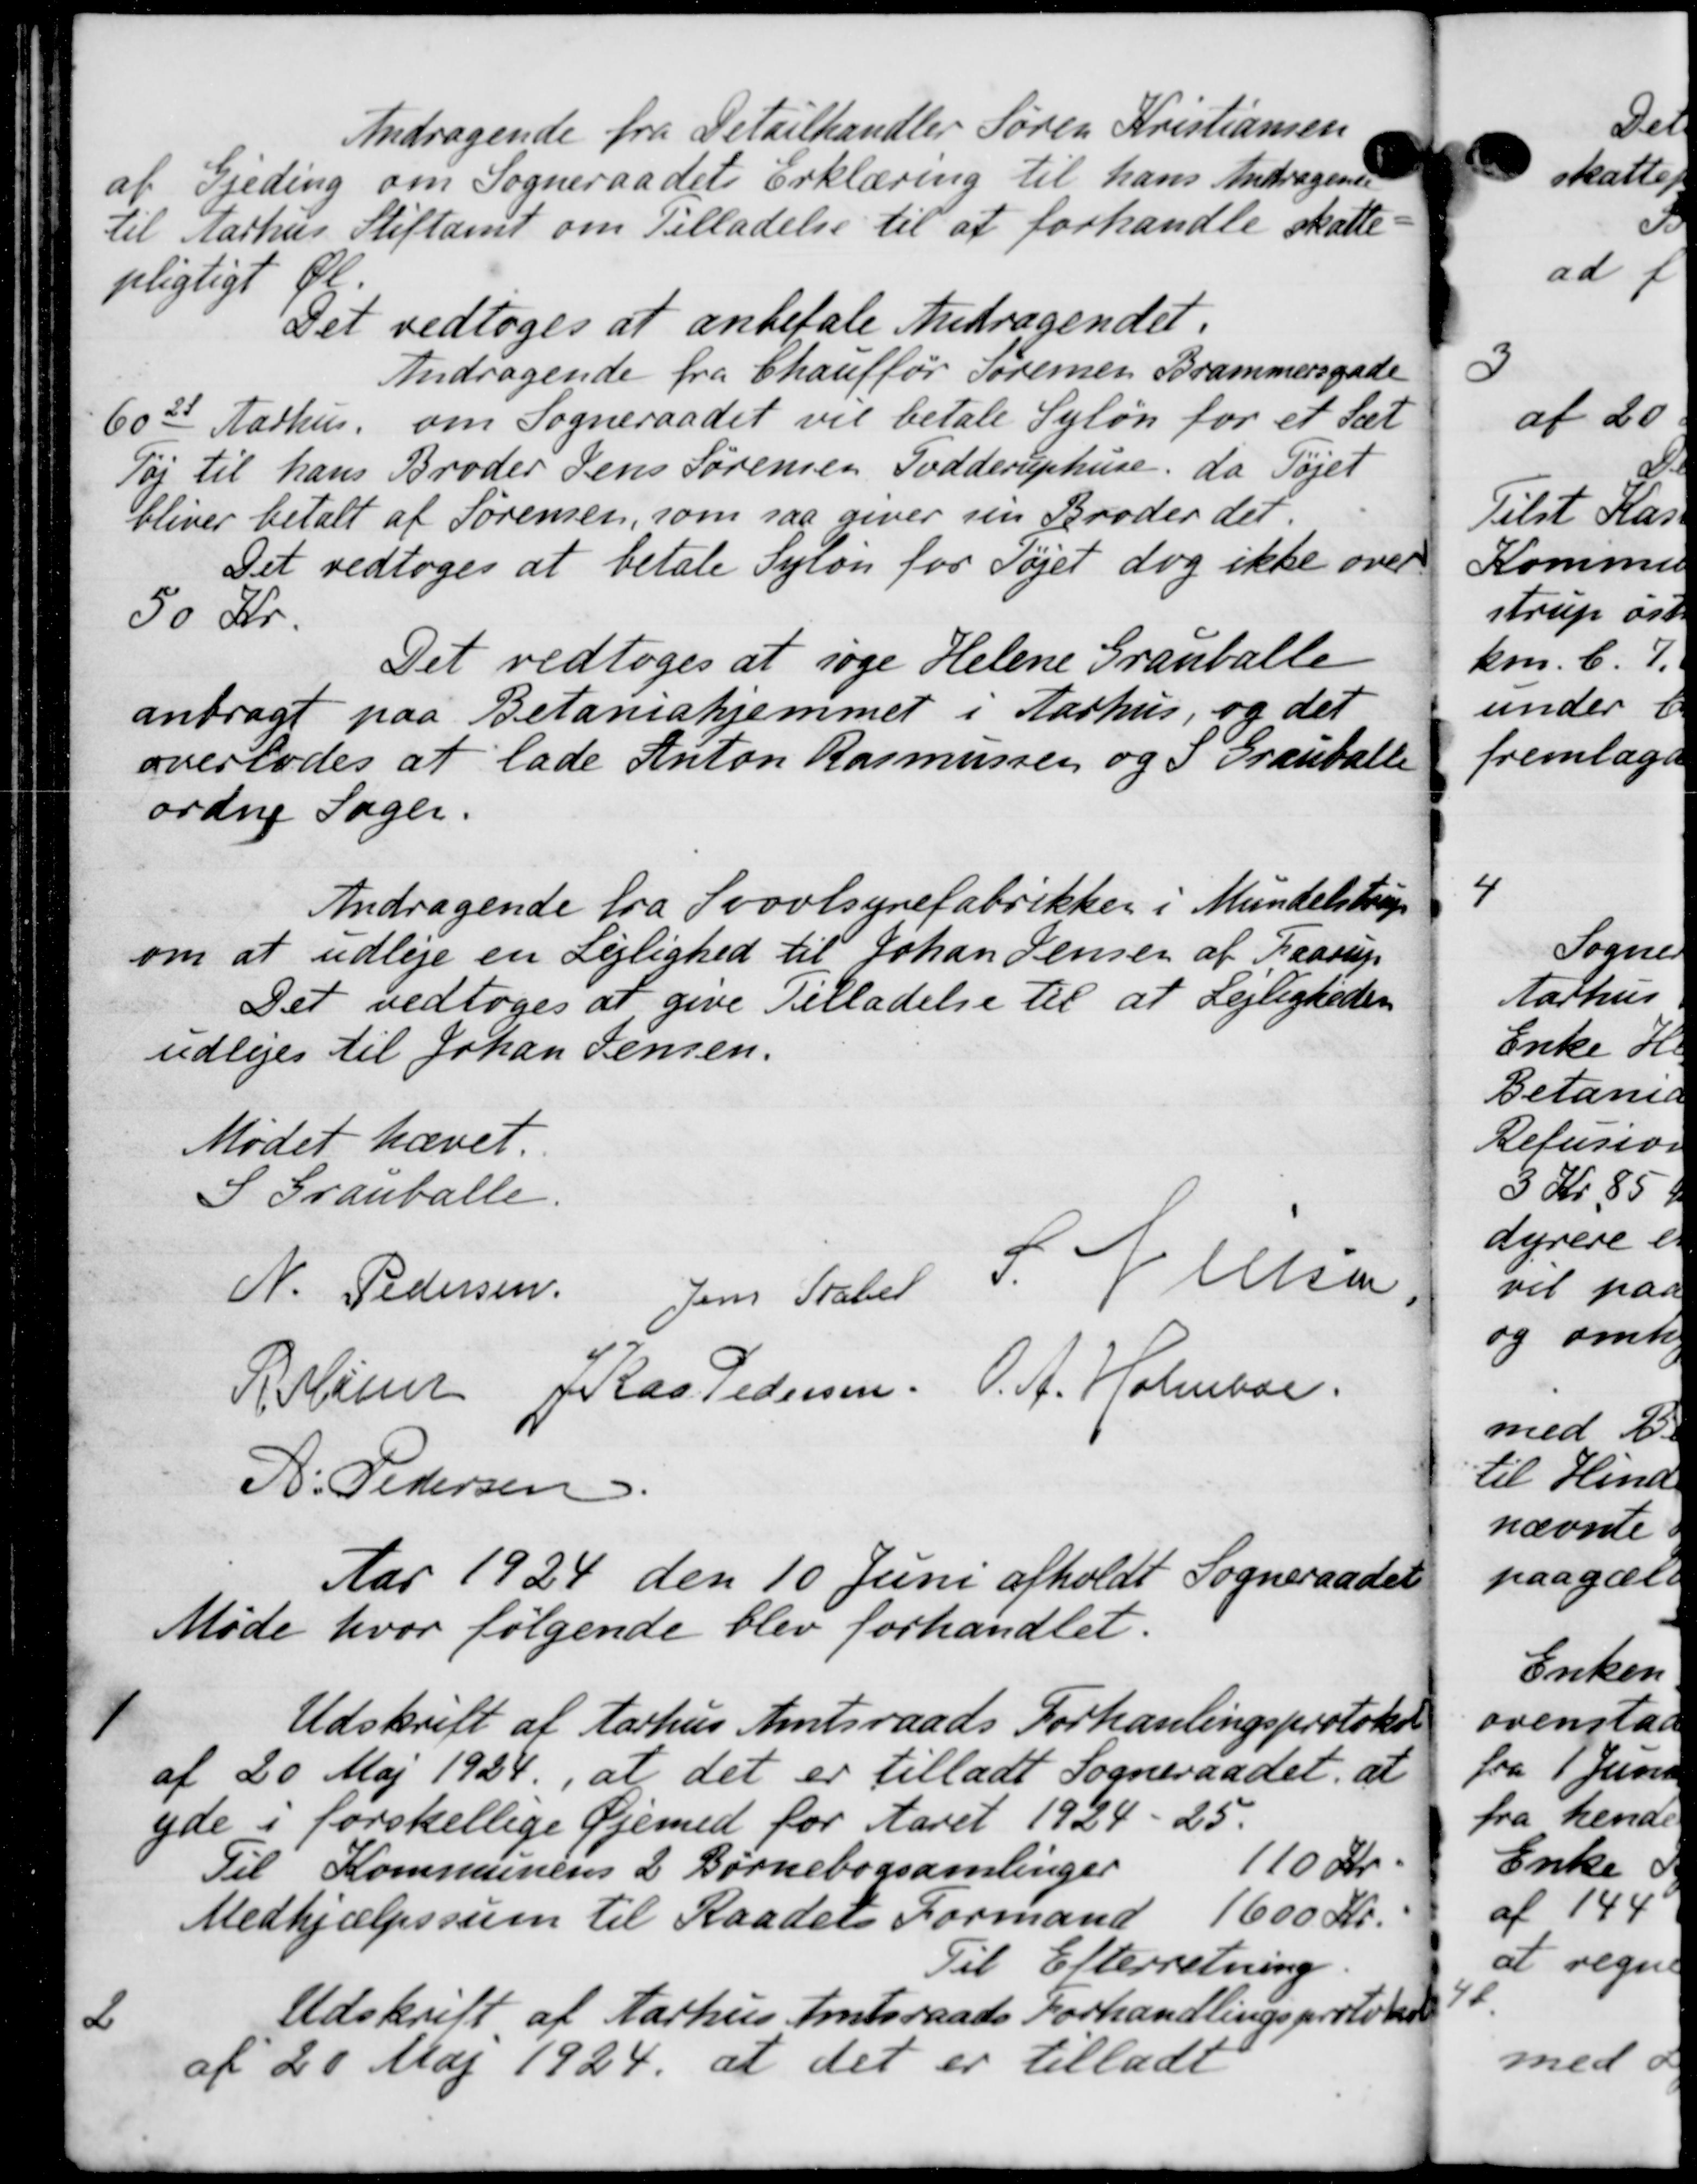
Transskription:
Andragende fra Detailhandler Søren Kristiansen
af Gjeding om Sogneraadets Erklæring til hans Andragende
til Aarhus Stiftamt om Tilladelse til at forhandle skatte
pligtigt Øl.
Det vedtoges at anbefale Andragendet.
Andragende fra Chauffør Sørensen Brammersgade
60de Aarhus, om Sogneraadet vil betale Syløn for et Sæt
Tøj til hans Broder Jens Sørensen Todderuphuse, da Tøjet
bliver betalt af Sørensen, som saa giver sin Broder der.
Det vedtoges at betale Syløn for Tøjet dog ikke over
50 Kr.
Det vedtoges at søge Helene Grauballe
anbragt paa Betanishjemmet i Aarhus, og det
overlodes at lade Anton Rasmussen og 5 Grauballe
ordne Sager.
Andragende fra Svovlsynefabrikker i Mundelstrup
om at udleje en Lejlighed til Johan Jensen af Faarup
Det vedtoges at give Tilladelse til at Lejligheden
udliges til Johan Jensen.
Mødet hævet
S Granballe.
N. Pedersen.
Jens Skaber S. V. Nielsen
R. Murer J Ras Pedersen. O. A. Holmboe
A. Pedersen
Aar 1924 den 10 Juni afholdt Sogneraadet
Møde hvor følgende blev forhandlet.
1
Udskrift af Aarhus Amtsraads Forhanlingsprotokol
af 20 Maj 1924, at det er tilladt Sogneraadet at
yde i forskellige Øjemed for Aaret 1924-25.
Til Kommunens 2 Børnebogsamlinger 110 Kr.
Medhjælpssum til Raadets Formand 1600 Kr.
Til Efterretning.
2
Udskrift af Aarhus Amtsraads Forhandlingsprotoko
af 20 Maj 1924 at det er tilladt